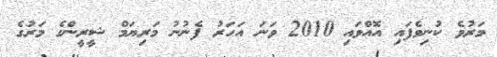
މަރުވެ ކުނިވެފައި އޮއްވައި 2010 ވަނަ އަހަރު ފެނުނު މަރިޔަމް ޝީރީންގެ މަރުގެ